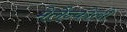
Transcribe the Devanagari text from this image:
मेलैन्कोली